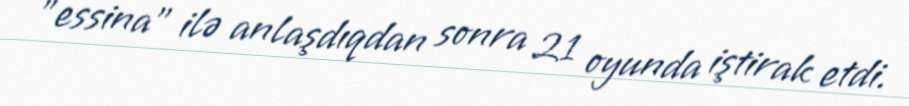
"essina" ilə anlaşdıqdan sonra 21 oyunda iştirak etdi.